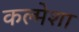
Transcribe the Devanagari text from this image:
कल्मेशा